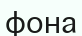
фона